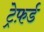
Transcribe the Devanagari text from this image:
ट्रेफ़र्ड